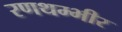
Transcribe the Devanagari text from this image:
रणथम्भीर